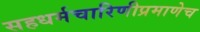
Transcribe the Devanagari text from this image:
सहधर्मचारिणीप्रमाणेच